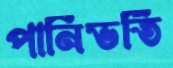
পানিভর্তি